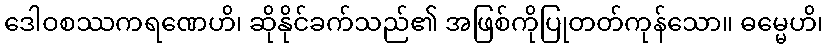
ဒေါဝစဿကရဏေဟိ၊ ဆိုနိုင်ခက်သည်၏ အဖြစ်ကိုပြုတတ်ကုန်သော။ ဓမ္မေဟိ၊